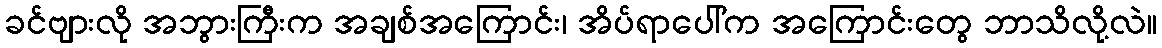
ခင်ဗျားလို အဘွားကြီးက အချစ်အကြောင်း၊ အိပ်ရာပေါ်က အကြောင်းတွေ ဘာသိလို့လဲ။